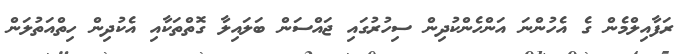
ރަފާއިލްމެން ގެ އެހުންނަ އަންހެންކުދިން ސިހުރުގައި ޖައްސަން ބަލައިލާ ގޮތްތަކާއި އެކުދިން ހިތްއަތުލަން